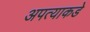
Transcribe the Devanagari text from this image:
अपत्याकडे